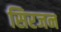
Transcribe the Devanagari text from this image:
सिरजन